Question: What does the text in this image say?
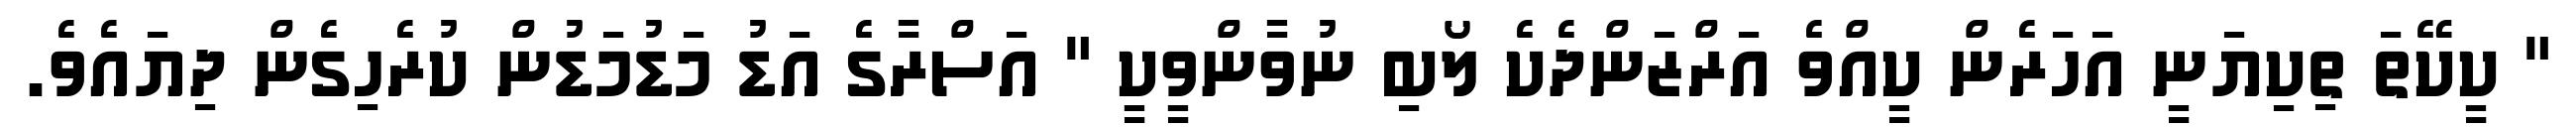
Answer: " ކީކޭތަ ތިކިޔަނީ އަހަރެން ކީއްވެ އަރްޒަންދެކެ ލޯބި ނުވާންވީކީ " އަސްރާގެ އަޑު މަޑުމަޑުން ކުރެހިގެން ދިޔައެވެ.